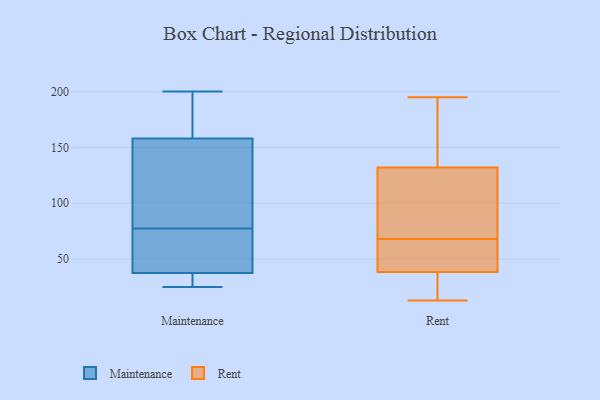
{"axis": {"x": "Demand Index", "y": "Value"}, "legend": ["Maintenance", "Rent"], "data": [{"x": "", "y": 30, "type": "Maintenance"}, {"x": "", "y": 74, "type": "Maintenance"}, {"x": "", "y": 161, "type": "Maintenance"}, {"x": "", "y": 77, "type": "Maintenance"}, {"x": "", "y": 187, "type": "Maintenance"}, {"x": "", "y": 103, "type": "Maintenance"}, {"x": "", "y": 191, "type": "Maintenance"}, {"x": "", "y": 25, "type": "Maintenance"}, {"x": "", "y": 155, "type": "Maintenance"}, {"x": "", "y": 78, "type": "Maintenance"}, {"x": "", "y": 42, "type": "Maintenance"}, {"x": "", "y": 200, "type": "Maintenance"}, {"x": "", "y": 25, "type": "Maintenance"}, {"x": "", "y": 46, "type": "Maintenance"}, {"x": "", "y": 91, "type": "Maintenance"}, {"x": "", "y": 33, "type": "Maintenance"}, {"x": "", "y": 47, "type": "Rent"}, {"x": "", "y": 52, "type": "Rent"}, {"x": "", "y": 40, "type": "Rent"}, {"x": "", "y": 151, "type": "Rent"}, {"x": "", "y": 38, "type": "Rent"}, {"x": "", "y": 33, "type": "Rent"}, {"x": "", "y": 152, "type": "Rent"}, {"x": "", "y": 109, "type": "Rent"}, {"x": "", "y": 14, "type": "Rent"}, {"x": "", "y": 52, "type": "Rent"}, {"x": "", "y": 134, "type": "Rent"}, {"x": "", "y": 30, "type": "Rent"}, {"x": "", "y": 122, "type": "Rent"}, {"x": "", "y": 189, "type": "Rent"}, {"x": "", "y": 13, "type": "Rent"}, {"x": "", "y": 86, "type": "Rent"}, {"x": "", "y": 195, "type": "Rent"}, {"x": "", "y": 126, "type": "Rent"}, {"x": "", "y": 68, "type": "Rent"}]}